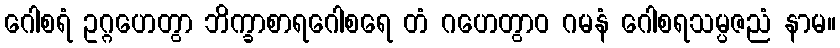
ဂေါစရံ ဥဂ္ဂဟေတွာ ဘိက္ခာစာရဂေါစရေ တံ ဂဟေတွာဝ ဂမနံ ဂေါစရသမ္ပဇညံ နာမ။